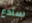
سأدع